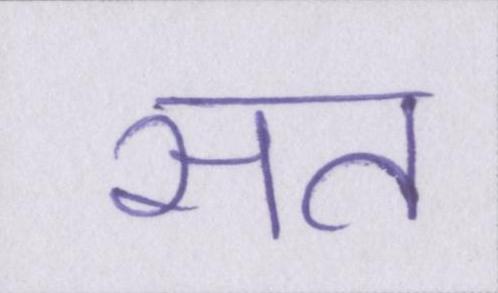
सत